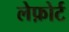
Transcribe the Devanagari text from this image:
लेफ़ोर्ट